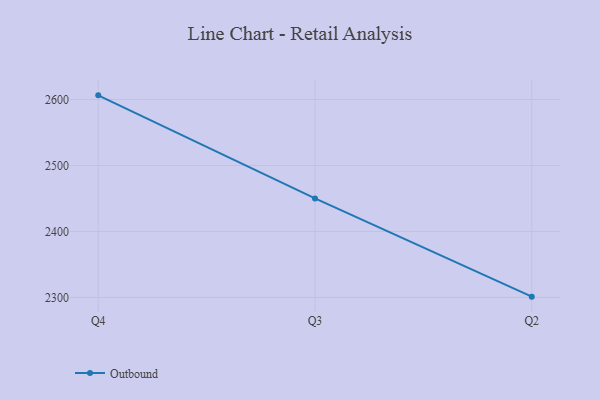
{"axis": {"x": "Quarter", "y": "Humidity (%)"}, "legend": ["Outbound"], "data": [{"x": "Q4", "y": 2606.3, "type": "Outbound"}, {"x": "Q3", "y": 2450.0, "type": "Outbound"}, {"x": "Q2", "y": 2301.1, "type": "Outbound"}]}